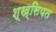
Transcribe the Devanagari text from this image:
श्ख्सियत